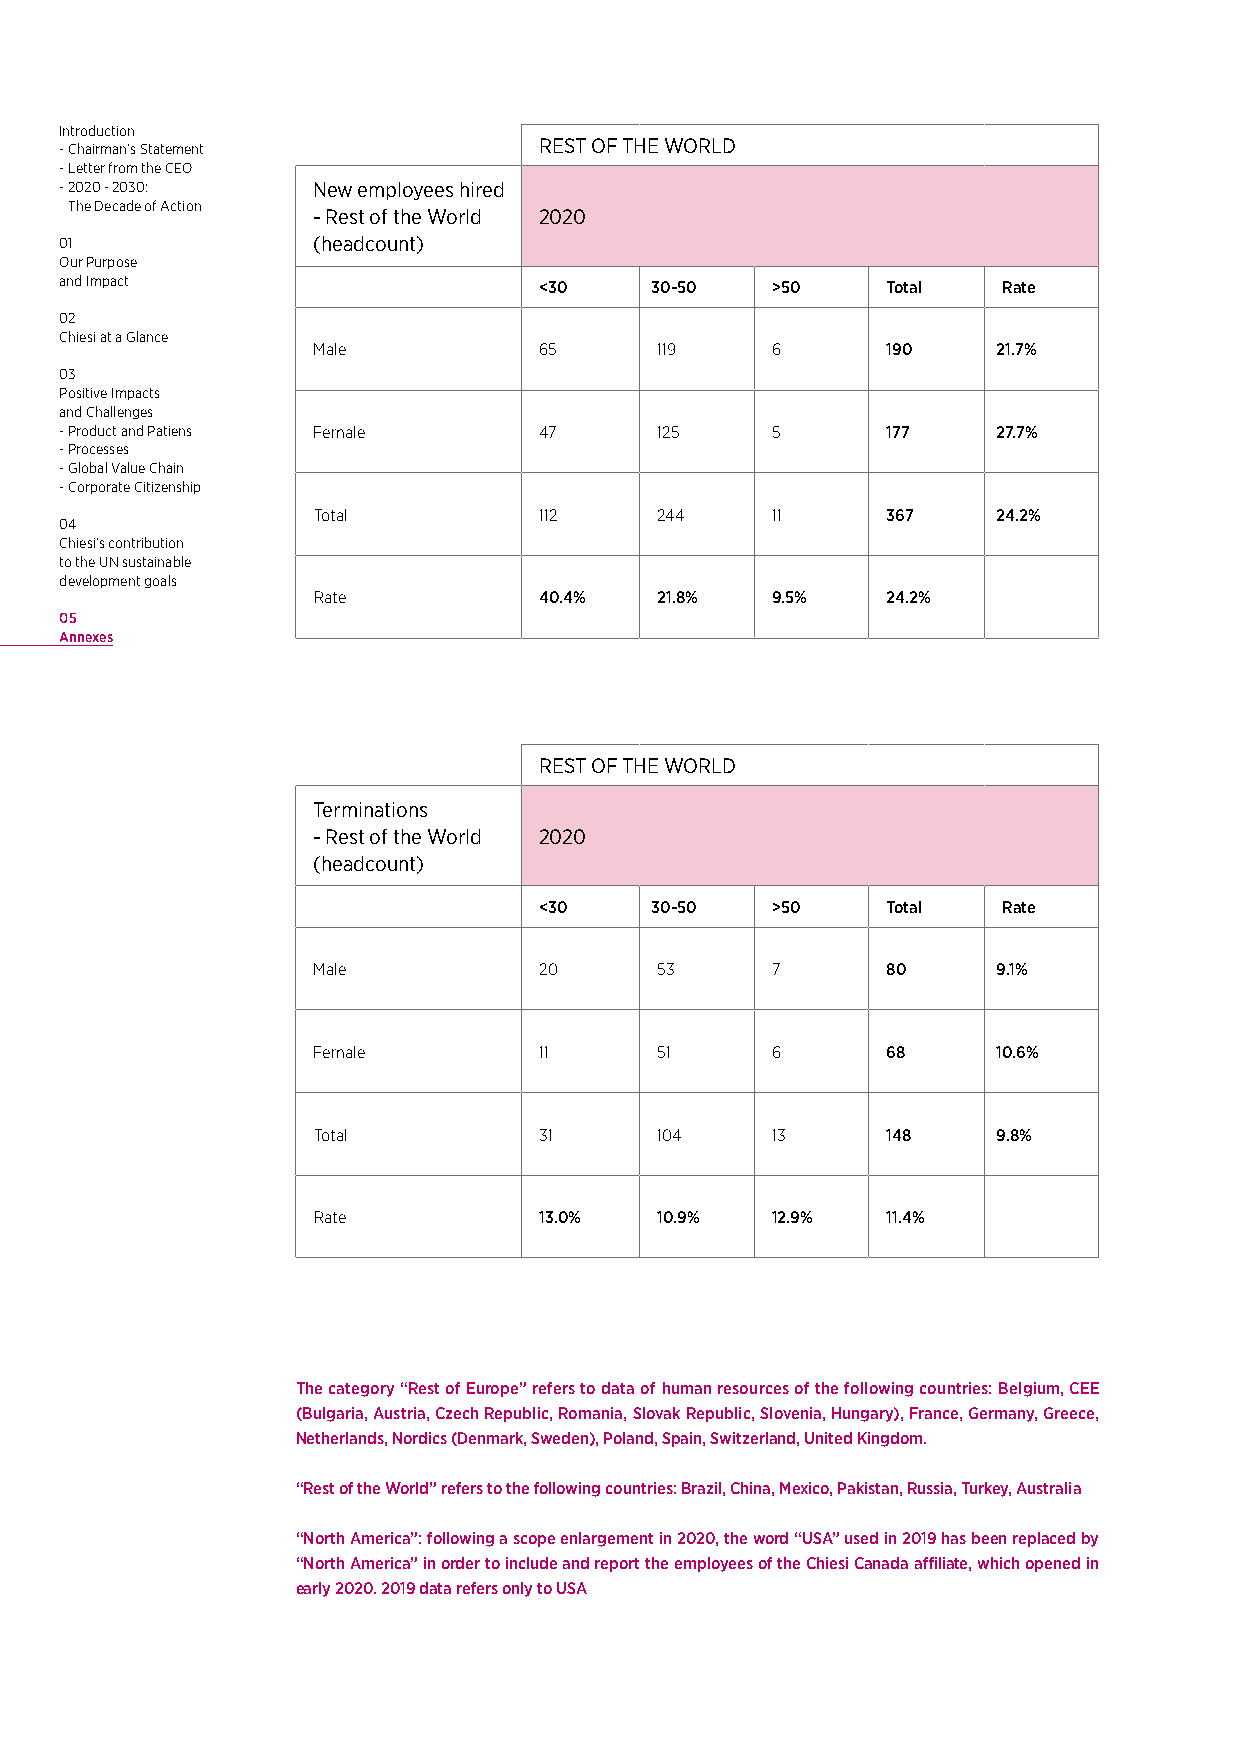
Introduction
 - Chairman’s Statement          REST OF THE WORLD
 - Letter from the CEO
 - 2020 - 2030:   New employees hired
 The Decade of Action
 - Rest of the World 2020
 01               (headcount)
 Our Purpose
 and Impact
 <30    30-50   >50     Total  Rate
 02
 Chiesi at a Glance
 Male           65     119     6       190    21.7%
 03
 Positive Impacts
 and Challenges
 - Product and Patiens Female    47     125     5       177    27.7%
 - Processes
 - Global Value Chain
 - Corporate Citizenship
 Total          112    244     11      367    24.2%
 04
 Chiesi’s contribution
 to the UN sustainable
 development goals
 Rate           40.4%  21.8%   9.5%    24.2%
 05
 Annexes
 REST OF THE WORLD
 Terminations
 - Rest of the World 2020
 (headcount)
 <30    30-50   >50     Total  Rate
 Male           20     53      7       80     9.1%
 Female         11     51      6       68     10.6%
 Total          31     104     13      148    9.8%
 Rate           13.0%  10.9%   12.9%   11.4%
 The category “Rest of Europe” refers to data of human resources of the following countries: Belgium, CEE
 (Bulgaria, Austria, Czech Republic, Romania, Slovak Republic, Slovenia, Hungary), France, Germany, Greece,
 Netherlands, Nordics (Denmark, Sweden), Poland, Spain, Switzerland, United Kingdom.
 “Rest of the World” refers to the following countries: Brazil, China, Mexico, Pakistan, Russia, Turkey, Australia
 “North America”: following a scope enlargement in 2020, the word “USA” used in 2019 has been replaced by
 “North America” in order to include and report the employees of the Chiesi Canada affiliate, which opened in
 early 2020. 2019 data refers only to USA